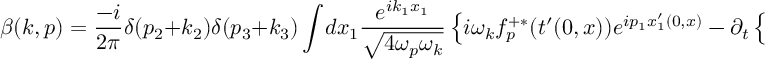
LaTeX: \beta ( k , p ) = \frac { - i } { 2 \pi } \delta ( p _ { 2 } + k _ { 2 } ) \delta ( p _ { 3 } + k _ { 3 } ) \int \! d x _ { 1 } \frac { e ^ { i k _ { 1 } x _ { 1 } } } { \sqrt { 4 \omega _ { p } \omega _ { k } } } \left\{ i \omega _ { k } f _ { p } ^ { + \ast } ( t ^ { \prime } ( 0 , x ) ) e ^ { i p _ { 1 } x _ { 1 } ^ { \prime } ( 0 , x ) } - \partial _ { t } \left\{ f _ { p } ^ { + \ast } ( t ^ { \prime } ( t , x ) ) e ^ { i p _ { 1 } x _ { 1 } ^ { \prime } ( t , x ) } \right\} \left| _ { t = 0 } \right. \right\}